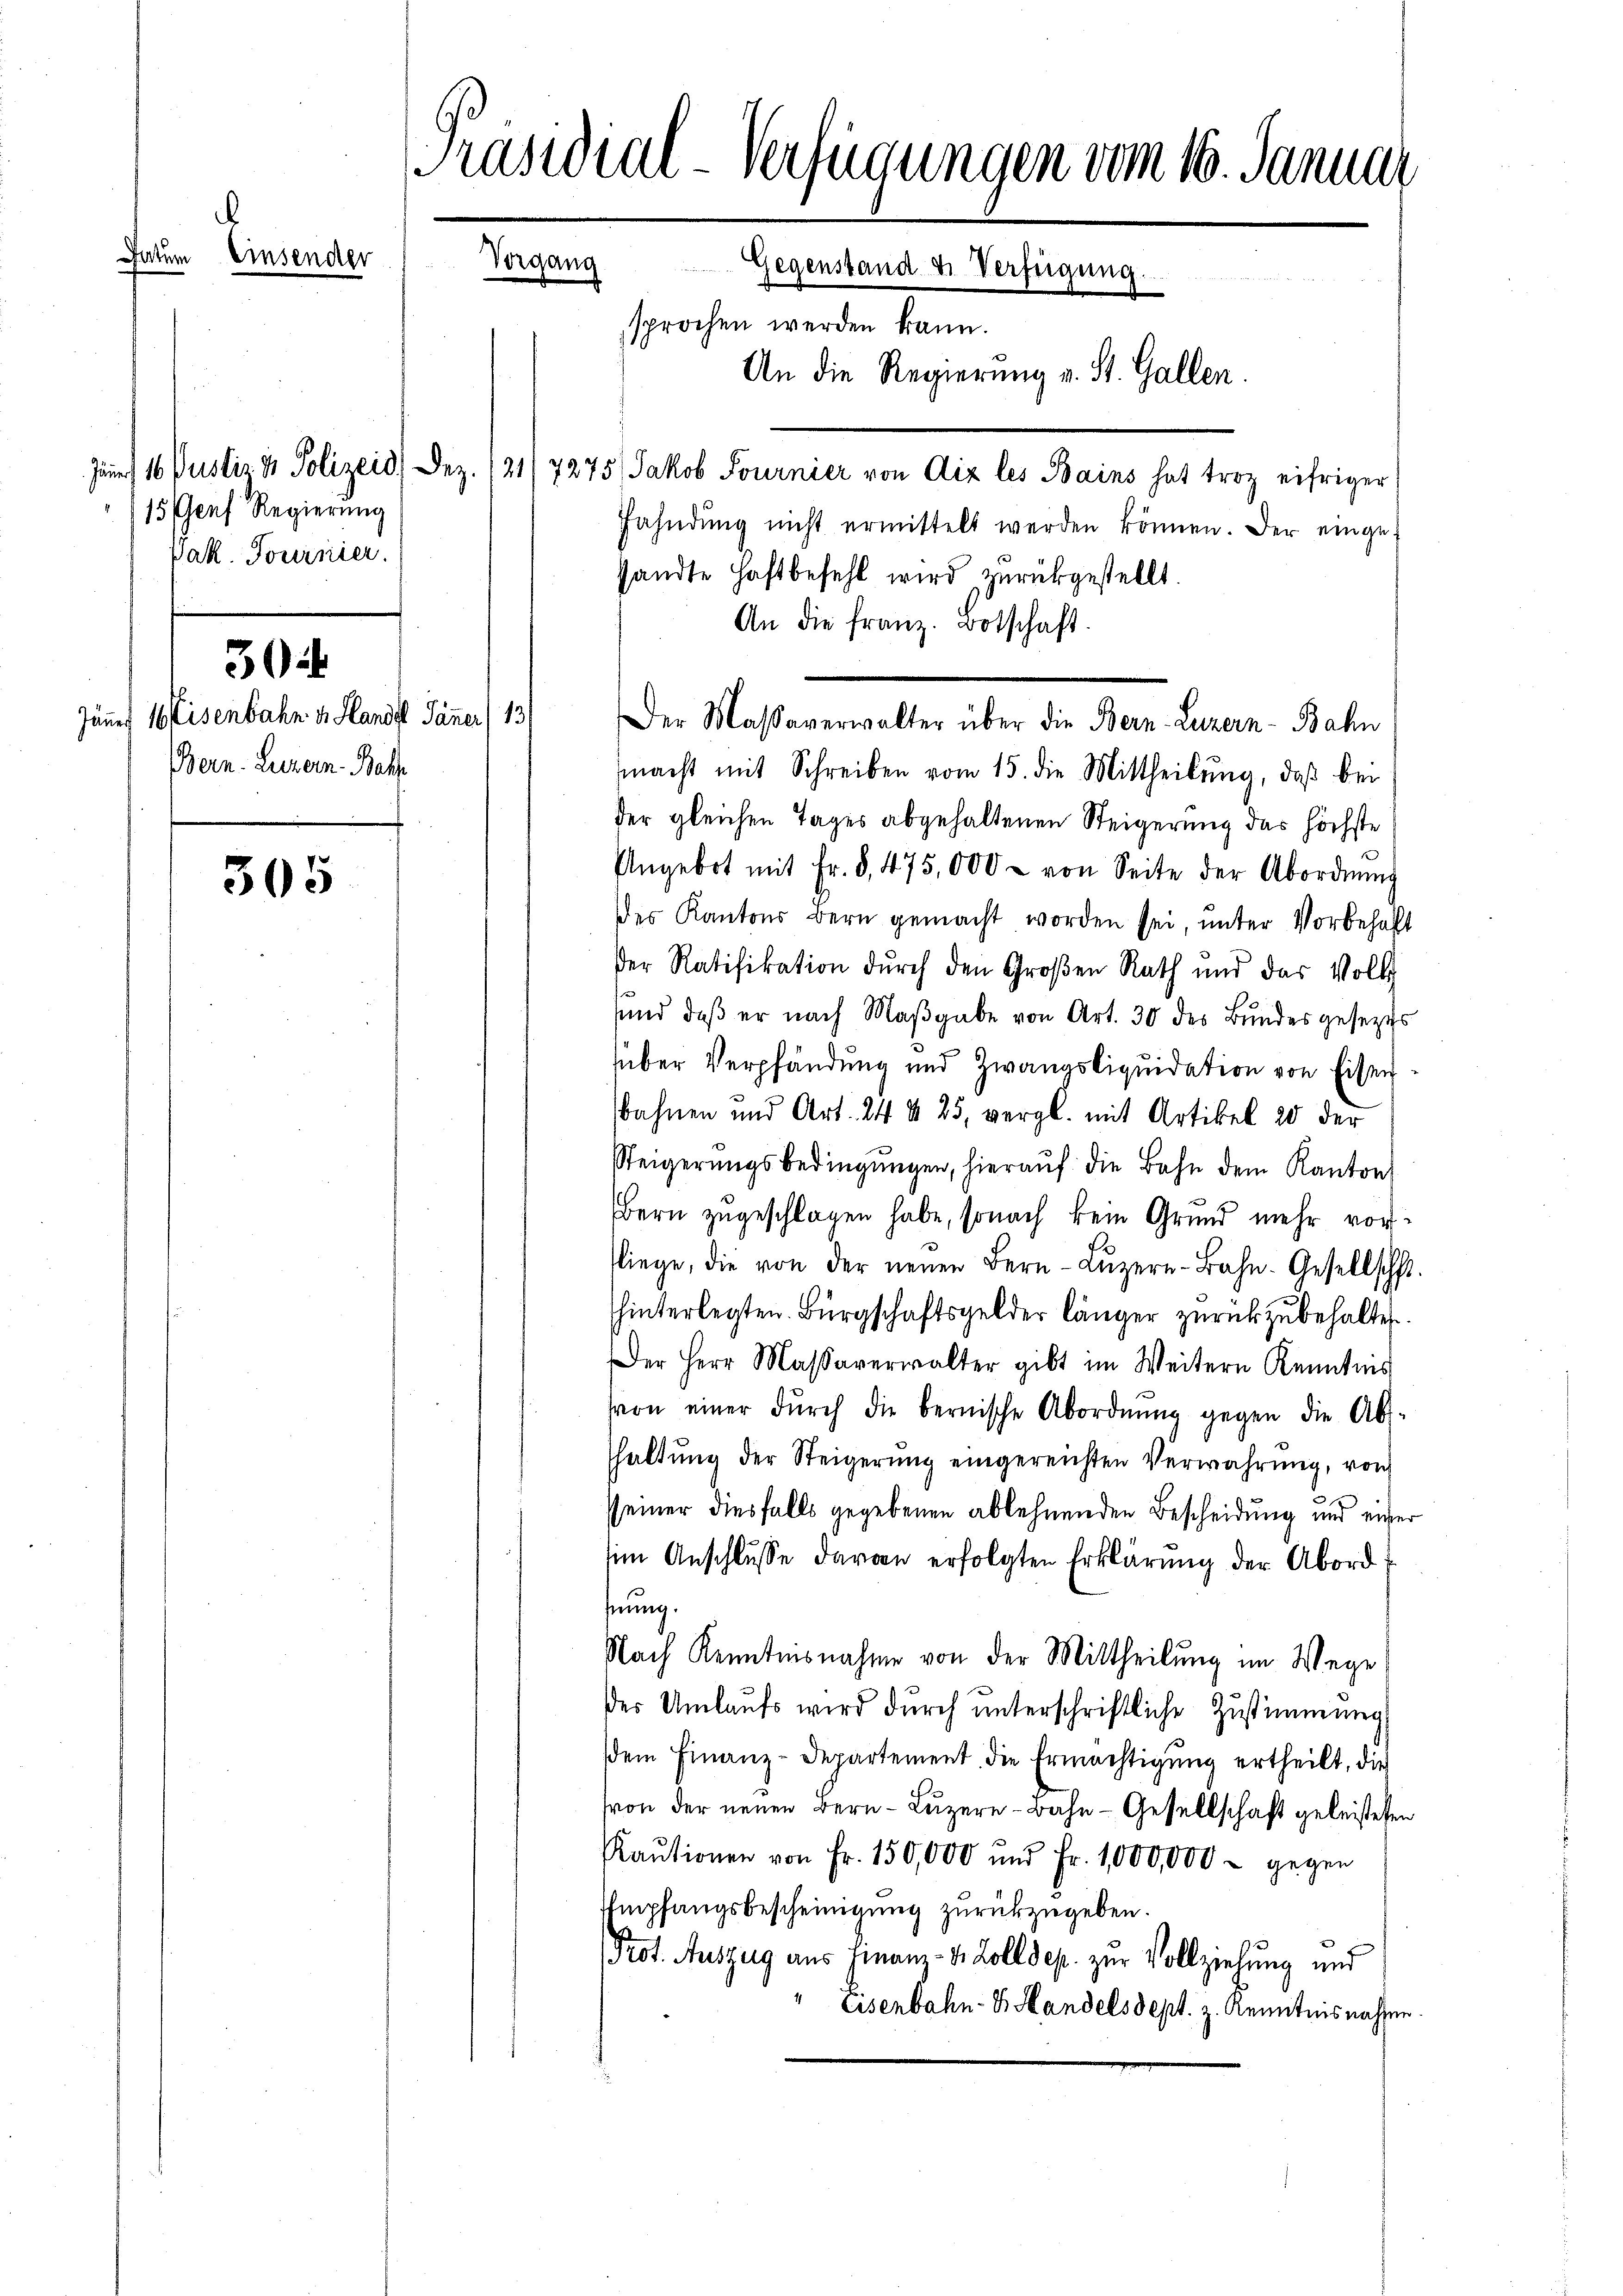
Ja

3

wende

15 Genf Regierung
Jak. Tournier.

Jäner Eisenbahn v. Hande Jäner) 13
Bern. Luzern Beh

305

Präsidial-Verfügungen vom 16. Januar
4
Vorgang
Gegenstand u. Verfügung
An die Regierung v. St. Gallen.
Zut 16 Justiz & Polizeid. Dez. (21/7275) Jakob Fournier von diz les Bains hat troz eifriger
Fahndŭng nicht ermittelt werden können. Der einge¬

sandte Haftbefehl wird zŭrückgestellt
An die franz. Botschaft.
macht mit Schreiben vom 15. die Mittheilung, daß bei
der gleichen Tages abgehaltenen Steigerung das höchste
Ungebot mit Fr. 8, 475,000 - von Seite der Abordnung
es Kantons Bern gemacht worden sei, unter Vorbehalt
Der Ratifikation durch den Großen Rath und das Volk
sund, daβ er nach Maβgabe von Art. 30 des Bundesgesetztes
über Verpfändung und Zwangsliquidation von Eisen
bahnen und Art. 24 § 25, vergl. mit Artikel 20 der
Steigerŭngsbedingŭngen, hieraŭf die Bahn dem Kanton
Bern zugeschlagen habe, sonach kein Grund mehr vorfliege, die von der neŭen Bern - Lŭzern-Bahn-Gesellscht
hinterlegten. Bürgschaftsgelder länger zurückzubehalten.
er Herr Massaverwalter gibt im Weitern Kenntnis
von einer dŭrch die bernische Abordnŭng gegen die Ab-
shaltung der Steigerung eingereichten Verwahrung, von
seiner diesfalls gegebenen ablehnenden Bescheidung und einer
sim Anschlusse davon erfolgten Erklärung der Abordfnung.
Nach Kenntnisnahme von der Mittheilung im Wege
Der Umlaufs wird durch unterschriftliche Zustimmung
dem Finanz-Departement die Ermächtigung ertheilt, die
von der neuen Bern – Luzern – bahn - Gesellschaft geleisteten
Kaŭtionen von Fr. 150,000 und Fr. 1000,000 - gegen
Empfangsbescheinigung zurückzugeben.
Prot. Auszug aus Finanz-4 Zolldep. zur Vollziehung und
" Eisenbahn- B. Handels Sept. z. Kenntnisnahmen

sprochen werden kann.

Der Massaverwalter über die Bern-Luzern-Bahn